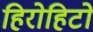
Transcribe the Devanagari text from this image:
हिरोहिटो